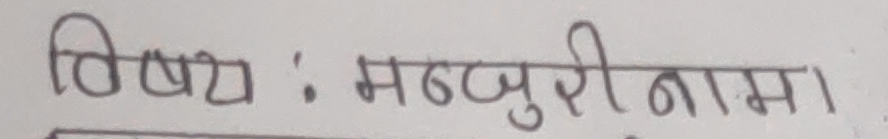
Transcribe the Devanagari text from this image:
विषय : मन्जुरी नामा